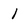
Character: 1